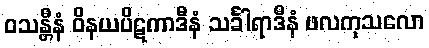
ဝသန္တီနံ ဝိနယပိဋကာဒီနံ သင်္ခါရာဒီနံ ဖလကုသလော